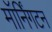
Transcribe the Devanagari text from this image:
मॉर्निंगटन